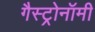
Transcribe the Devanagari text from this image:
गैस्ट्रोनॉमी